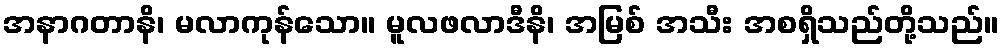
အနာဂတာနိ၊ မလာကုန်သော။ မူလဖလာဒီနိ၊ အမြစ် အသီး အစရှိသည်တို့သည်။